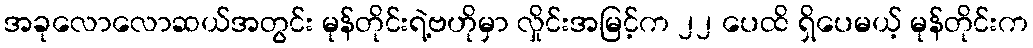
အခုလောလောဆယ်အတွင်း မုန်တိုင်းရဲ့ဗဟိုမှာ လှိုင်းအမြင့်က ၂၂ ပေထိ ရှိပေမယ့် မုန်တိုင်းက